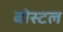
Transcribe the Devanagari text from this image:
बोस्टल